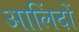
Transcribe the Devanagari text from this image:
आलिंदों